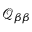
\mathcal Q _ { \beta \beta }